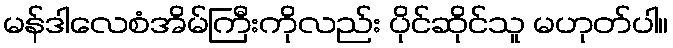
မန်ဒါလေစံအိမ်ကြီးကိုလည်း ပိုင်ဆိုင်သူ မဟုတ်ပါ။